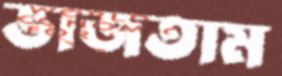
ভাজতাম